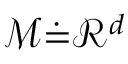
\mathcal { M } \dot { = } \mathcal { R } ^ { d }